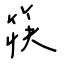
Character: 筷